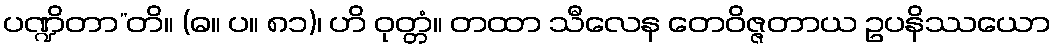
ပဏ္ဍိတာ”တိ။ (ဓ။ ပ။ ၈၁)၊ ဟိ ဝုတ္တံ။ တထာ သီလေန တေဝိဇ္ဇတာယ ဥပနိဿယော